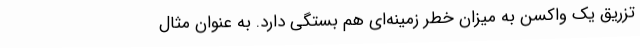
تزریق یک واکسن به میزان خطر زمینه‌ای هم بستگی دارد. به عنوان مثال